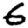
Digit: 6